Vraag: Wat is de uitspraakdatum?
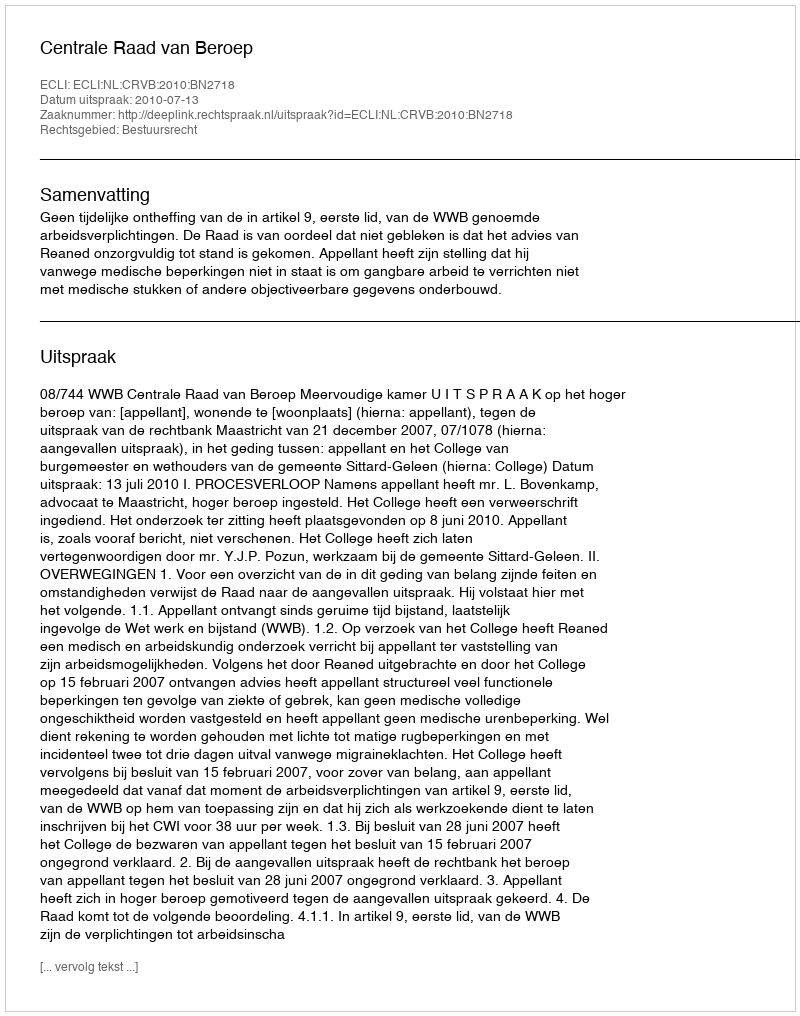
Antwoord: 2010-07-13